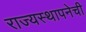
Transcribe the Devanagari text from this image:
राज्यस्थापनेची